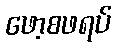
ဖော့စဖရပ်